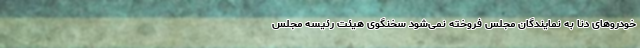
خودروهای دنا به نمایندگان مجلس فروخته نمی‌شود سخنگوی هیئت رئیسه مجلس